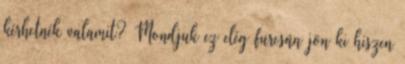
kérhetnék valamit? Mondjuk ez elég furcsán jön ki hiszen